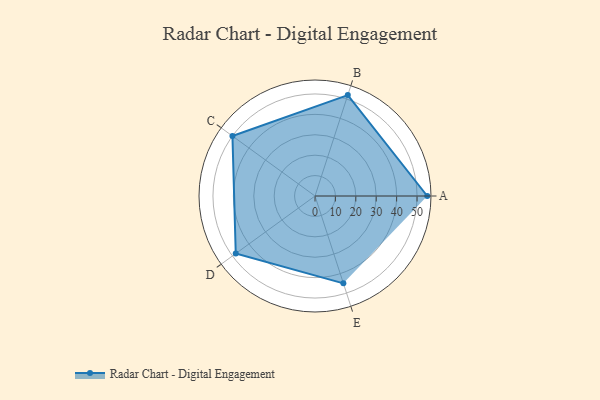
{"axis": {"x": "Skill", "y": "Score"}, "legend": ["Profile"], "data": [{"x": "A", "y": 55.0, "type": "Profile"}, {"x": "B", "y": 52.0, "type": "Profile"}, {"x": "C", "y": 50.0, "type": "Profile"}, {"x": "D", "y": 48.0, "type": "Profile"}, {"x": "E", "y": 45.0, "type": "Profile"}]}